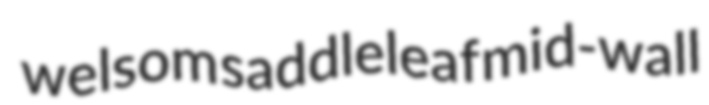
welsom saddleleaf mid-wall